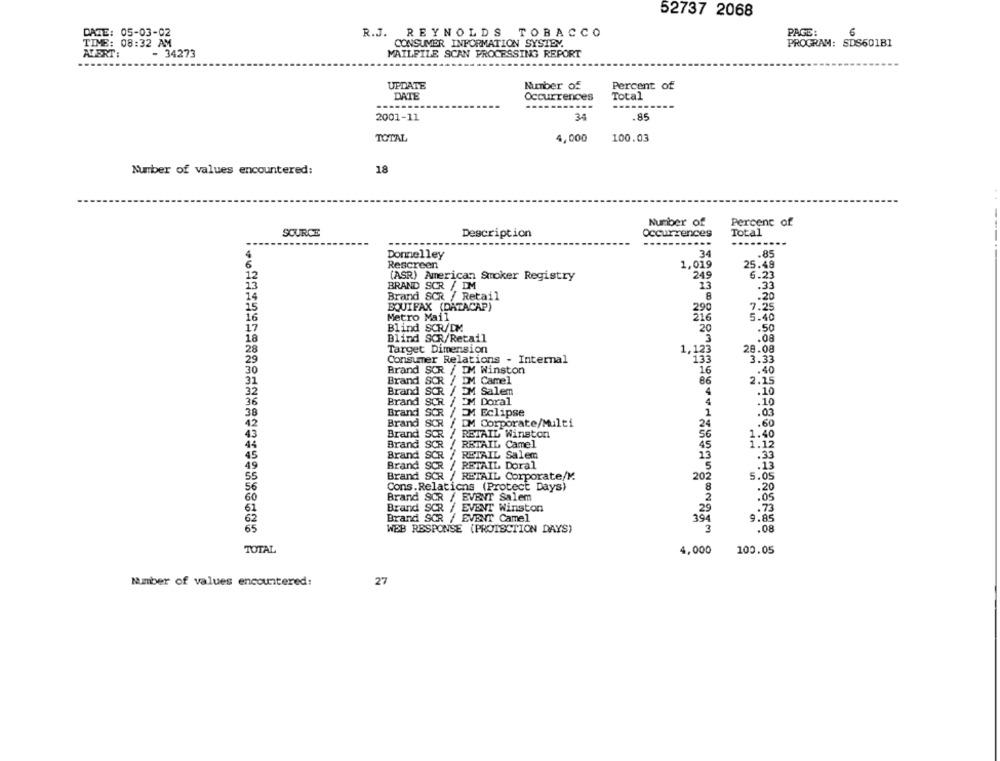
52737 2068
PAGE:
6
DATE: 05-03-02
R.J. REYNOLDS TOBACCO
TIME: 08:32 AM
CONSUMER INFORMATION SYSTEM.
PROGRAM: SDS601B1
ANDRT:
- 34273
MAILFILE SCAN PROCESSING REPORT
UPDATE
Number of
Percent of
DATE
Occurrences
Total
........ ...
2001-11
34
.85
TOTAL
4,000
100.03
Number of values encountered:
18
Number of
Percent of
SOURCE
Description
Occurrences
Total
Donnelley
34
.85
6
Rescreen
1,019
25.49
12
249
6.23
(ASR) American Smoker Registry
BRAND SCR / DM
13
.33
14
Brand SCR / Retail
.20
15
EQUIFAX (DATACAP)
290
7.25
16
Metro Mail
216
5.40
17
Blind SCR/DM
20
.50
18
Blind SCR/Retail
.08
28
Target Dimension
28.08
29
Consumer Relations - Internal
133
3.33
30
Brand SCR / IM Winston
16
.40
Brand SCR / DM Camel
86
31
2.15
32
Brand SCR / DM Salem
4
.10
36
Brand SCR / IM Doral
4
.10
38
Brand SOR / DM Eclipse
i
.03
Brand
SCR / DM Corporate/Multi
24
.60
Brand SCR / RETAIL Winston
56
1.40
Brand SCR / RETAIL Camel
45
1:12
Brand SCR / RETAIL Salem
13
.33
49
Brand SCR / RETAIL Doral
5
55
Brand SCR / RETAIL Corporate/Y.
202
5.05
56
Cons.Relations (Protect Days)
8
.20
60
Brand SCR / EVENT Salem
2
61
Brand SCR / EVENT Winston
29
:95
Brand SCR / EVENT Camel
39
62
9.85
65
WEB RESPONSE (PROTECTION DAYS)
3
.08
TOTAL
4,000
100.05
Number of values encountered:
27